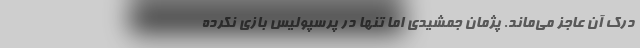
درک آن عاجز می‌ماند. پژمان جمشیدی اما تنها در پرسپولیس بازی نکرده